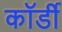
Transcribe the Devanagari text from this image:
कॉर्डी